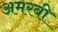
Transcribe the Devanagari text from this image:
अमरबी